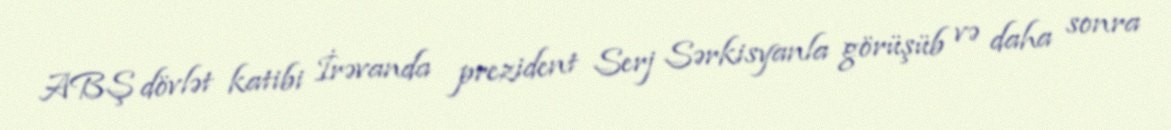
ABŞ dövlət katibi İrəvanda prezident Serj Sərkisyanla görüşüb və daha sonra